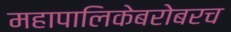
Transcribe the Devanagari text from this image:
महापालिकेबरोबरच